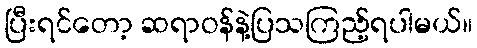
ပြီးရင်တော့ ဆရာဝန်နဲ့ပြသကြည့်ရပါမယ်။